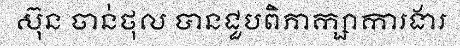
ស៊ុន ចាន់ថុល បានជួបពិភាក្សាការងារ